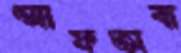
আফতাবা